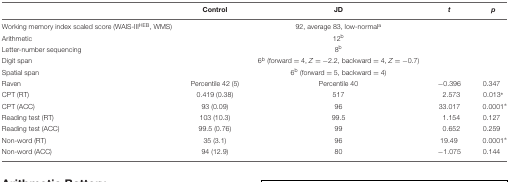
|  | Control | JD | t | p |
 | --- | --- | --- | --- | --- |
 | Working memory index scaled score (WAIS-IIIHEB, WMS) |  | 92, average 83, low-normala |  |  |
 | Arithmetic |  | 12b |  |  |
 | Letter-number sequencing |  | 8b |  |  |
 | Digit span |  | 6b (forward = 4, Z = -2.2, backward = 4, Z = -0.7) |  |  |
 | Spatial span |  | 6b (forward = 5, backward = 4) |  |  |
 | Raven | Percentile 42 (5) | Percentile 40 | -0.396 | 0.347 |
 | CPT (RT) | 0.419 (0.38) | 517 | 2.573 | 0.013∗ |
 | CPT (ACC) | 93 (0.09) | 96 | 33.017 | 0.0001∗ |
 | Reading test (RT) | 103 (10.3) | 99.5 | 1.154 | 0.127 |
 | Reading test (ACC) | 99.5 (0.76) | 99 | 0.652 | 0.259 |
 | Non-word (RT) | 35 (3.1) | 96 | 19.49 | 0.0001∗ |
 | Non-word (ACC) | 94 (12.9) | 80 | -1.075 | 0.144 |